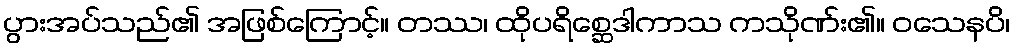
ပွားအပ်သည်၏ အဖြစ်ကြောင့်။ တဿ၊ ထိုပရိစ္ဆေဒါကာသ ကသိုဏ်း၏။ ဝသေနပိ၊